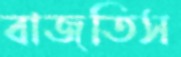
বাজতিস